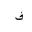
Letter: _fa